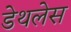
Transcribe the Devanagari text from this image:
डेथलेस